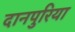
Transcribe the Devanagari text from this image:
दानपुरिया